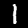
Label: 1